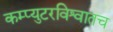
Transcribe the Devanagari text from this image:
कम्प्युटरविश्वातच